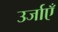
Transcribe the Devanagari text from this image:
उर्जाएँ